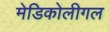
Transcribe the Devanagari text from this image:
मेडिकोलीगल